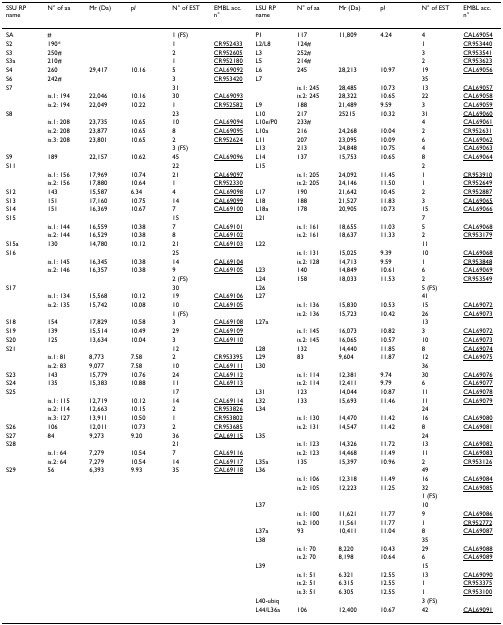
<table><thead><tr><td><b>SSU RP name</b></td><td><b>N° of aa</b></td><td><b>Mr (Da)</b></td><td><b>p<i>I</i></b></td><td><b>N° of EST</b></td><td><b>EMBL acc. n°</b></td><td><b>LSU RP name</b></td><td><b>N° of aa</b></td><td><b>Mr (Da)</b></td><td><b>p<i>I</i></b></td><td><b>N° of EST</b></td><td><b>EMBL acc. n°</b></td></tr></thead><tbody><tr><td>SA</td><td>#</td><td></td><td></td><td>1 (FS)</td><td></td><td>P1</td><td>117</td><td>11,809</td><td>4.24</td><td>4</td><td>CAL69054</td></tr><tr><td>S2</td><td>190*</td><td></td><td></td><td>1</td><td>CR952433</td><td>L2/L8</td><td>124#</td><td></td><td></td><td>1</td><td>CR953440</td></tr><tr><td>S3</td><td>250#</td><td></td><td></td><td>2</td><td>CR952605</td><td>L3</td><td>252#</td><td></td><td></td><td>3</td><td>CR953541</td></tr><tr><td>S3a</td><td>210#</td><td></td><td></td><td>1</td><td>CR952180</td><td>L5</td><td>214#</td><td></td><td></td><td>2</td><td>CR953623</td></tr><tr><td>S4</td><td>260</td><td>29,417</td><td>10.16</td><td>5</td><td>CAL69092</td><td>L6</td><td>245</td><td>28,213</td><td>10.97</td><td>19</td><td>CAL69056</td></tr><tr><td>S6</td><td>242#</td><td></td><td></td><td>3</td><td>CR953420</td><td>L7</td><td></td><td></td><td></td><td>35</td><td></td></tr><tr><td>S7</td><td></td><td></td><td></td><td>31</td><td></td><td></td><td>is.1: 245</td><td>28,485</td><td>10.73</td><td>13</td><td>CAL69057</td></tr><tr><td></td><td>is.1: 194</td><td>22,046</td><td>10.16</td><td>30</td><td>CAL69093</td><td></td><td>is.2: 245</td><td>28,322</td><td>10.65</td><td>22</td><td>CAL69058</td></tr><tr><td></td><td>is.2: 194</td><td>22,049</td><td>10.22</td><td>1</td><td>CR952582</td><td>L9</td><td>188</td><td>21,489</td><td>9.59</td><td>3</td><td>CAL69059</td></tr><tr><td>S8</td><td></td><td></td><td></td><td>23</td><td></td><td>L10</td><td>217</td><td>25215</td><td>10.32</td><td>31</td><td>CAL69060</td></tr><tr><td></td><td>is.1: 208</td><td>23,735</td><td>10.65</td><td>10</td><td>CAL69094</td><td>L10e/P0</td><td>233#</td><td></td><td></td><td>4</td><td>CAL69061</td></tr><tr><td></td><td>is.2: 208</td><td>23,877</td><td>10.65</td><td>8</td><td>CAL69095</td><td>L10a</td><td>216</td><td>24,268</td><td>10.04</td><td>2</td><td>CR952631</td></tr><tr><td></td><td>is.3: 208</td><td>23,801</td><td>10.65</td><td>2</td><td>CR952624</td><td>L11</td><td>207</td><td>23,095</td><td>10.09</td><td>6</td><td>CAL69062</td></tr><tr><td></td><td></td><td></td><td></td><td>3 (FS)</td><td></td><td>L13</td><td>213</td><td>24,848</td><td>10.75</td><td>4</td><td>CAL69063</td></tr><tr><td>S9</td><td>189</td><td>22,157</td><td>10.62</td><td>45</td><td>CAL69096</td><td>L14</td><td>137</td><td>15,753</td><td>10.65</td><td>8</td><td>CAL69064</td></tr><tr><td>S11</td><td></td><td></td><td></td><td>22</td><td></td><td>L15</td><td></td><td></td><td></td><td>2</td><td></td></tr><tr><td></td><td>is.1: 156</td><td>17,969</td><td>10.74</td><td>21</td><td>CAL69097</td><td></td><td>is.1: 205</td><td>24,092</td><td>11.45</td><td>1</td><td>CR953910</td></tr><tr><td></td><td>is.2: 156</td><td>17,880</td><td>10.64</td><td>1</td><td>CR952330</td><td></td><td>is.2: 205</td><td>24,146</td><td>11.50</td><td>1</td><td>CR952649</td></tr><tr><td>S12</td><td>143</td><td>15,587</td><td>6.34</td><td>4</td><td>CAL69098</td><td>L17</td><td>190</td><td>21,642</td><td>10.45</td><td>2</td><td>CR952887</td></tr><tr><td>S13</td><td>151</td><td>17,160</td><td>10.75</td><td>14</td><td>CAL69099</td><td>L18</td><td>188</td><td>21,527</td><td>11.83</td><td>3</td><td>CAL69065</td></tr><tr><td>S14</td><td>151</td><td>16,369</td><td>10.67</td><td>7</td><td>CAL69100</td><td>L18a</td><td>178</td><td>20,905</td><td>10.73</td><td>15</td><td>CAL69066</td></tr><tr><td>S15</td><td></td><td></td><td></td><td>15</td><td></td><td>L21</td><td></td><td></td><td></td><td>7</td><td></td></tr><tr><td></td><td>is.1: 144</td><td>16,559</td><td>10.38</td><td>7</td><td>CAL69101</td><td></td><td>is.1: 161</td><td>18,655</td><td>11.03</td><td>5</td><td>CAL69068</td></tr><tr><td></td><td>is.2: 144</td><td>16,529</td><td>10.38</td><td>8</td><td>CAL69102</td><td></td><td>is.2: 161</td><td>18,637</td><td>11.33</td><td>2</td><td>CR953179</td></tr><tr><td>S15a</td><td>130</td><td>14,780</td><td>10.12</td><td>21</td><td>CAL69103</td><td>L22</td><td></td><td></td><td></td><td>11</td><td></td></tr><tr><td>S16</td><td></td><td></td><td></td><td>25</td><td></td><td></td><td>is.1: 131</td><td>15,025</td><td>9.39</td><td>10</td><td>CAL69068</td></tr><tr><td></td><td>is.1: 145</td><td>16,345</td><td>10.38</td><td>14</td><td>CAL69104</td><td></td><td>is.2: 128</td><td>14,713</td><td>9.59</td><td>1</td><td>CR953848</td></tr><tr><td></td><td>is.2: 146</td><td>16,357</td><td>10.38</td><td>9</td><td>CAL69105</td><td>L23</td><td>140</td><td>14,849</td><td>10.61</td><td>6</td><td>CAL69069</td></tr><tr><td></td><td></td><td></td><td></td><td>2 (FS)</td><td></td><td>L24</td><td>158</td><td>18,033</td><td>11.53</td><td>2</td><td>CR953549</td></tr><tr><td>S17</td><td></td><td></td><td></td><td>30</td><td></td><td>L26</td><td></td><td></td><td></td><td>5 (FS)</td><td></td></tr><tr><td></td><td>is.1: 134</td><td>15,568</td><td>10.12</td><td>19</td><td>CAL69106</td><td>L27</td><td></td><td></td><td></td><td>41</td><td></td></tr><tr><td></td><td>is.2: 135</td><td>15,742</td><td>10.08</td><td>10</td><td>CAL69105</td><td></td><td>is.1: 136</td><td>15,830</td><td>10.53</td><td>15</td><td>CAL69072</td></tr><tr><td></td><td></td><td></td><td></td><td>1 (FS)</td><td></td><td></td><td>is.2: 136</td><td>15,723</td><td>10.42</td><td>26</td><td>CAL69073</td></tr><tr><td>S18</td><td>154</td><td>17,829</td><td>10.58</td><td>3</td><td>CAL69108</td><td>L27a</td><td></td><td></td><td></td><td>13</td><td></td></tr><tr><td>S19</td><td>139</td><td>15,514</td><td>10.49</td><td>29</td><td>CAL69109</td><td></td><td>is.1: 145</td><td>16,073</td><td>10.82</td><td>3</td><td>CAL69072</td></tr><tr><td>S20</td><td>125</td><td>13,634</td><td>10.04</td><td>3</td><td>CAL69110</td><td></td><td>is.2: 145</td><td>16,065</td><td>10.57</td><td>10</td><td>CAL69073</td></tr><tr><td>S21</td><td></td><td></td><td></td><td>12</td><td></td><td>L28</td><td>132</td><td>14,440</td><td>11.85</td><td>8</td><td>CAL69074</td></tr><tr><td></td><td>is.1: 81</td><td>8,773</td><td>7.58</td><td>2</td><td>CR953395</td><td>L29</td><td>83</td><td>9,604</td><td>11.87</td><td>12</td><td>CAL69075</td></tr><tr><td></td><td>is.2: 83</td><td>9,077</td><td>7.58</td><td>10</td><td>CAL69111</td><td>L30</td><td></td><td></td><td></td><td>36</td><td></td></tr><tr><td>S23</td><td>143</td><td>15,779</td><td>10.76</td><td>24</td><td>CAL69112</td><td></td><td>is.1: 114</td><td>12,381</td><td>9.74</td><td>30</td><td>CAL69076</td></tr><tr><td>S24</td><td>135</td><td>15,383</td><td>10.88</td><td>11</td><td>CAL69113</td><td></td><td>is.2: 114</td><td>12,411</td><td>9.79</td><td>6</td><td>CAL69077</td></tr><tr><td>S25</td><td></td><td></td><td></td><td>17</td><td></td><td>L31</td><td>123</td><td>14,044</td><td>10.87</td><td>11</td><td>CAL69078</td></tr><tr><td></td><td>is.1: 115</td><td>12,719</td><td>10.12</td><td>14</td><td>CAL69114</td><td>L32</td><td>133</td><td>15,693</td><td>11.46</td><td>11</td><td>CAL69079</td></tr><tr><td></td><td>is.2: 114</td><td>12,663</td><td>10.15</td><td>2</td><td>CR953826</td><td>L34</td><td></td><td></td><td></td><td>24</td><td></td></tr><tr><td></td><td>is.3: 127</td><td>13,911</td><td>10.50</td><td>1</td><td>CR953802</td><td></td><td>is.1: 130</td><td>14,470</td><td>11.42</td><td>16</td><td>CAL69080</td></tr><tr><td>S26</td><td>106</td><td>12,011</td><td>10.73</td><td>2</td><td>CR953685</td><td></td><td>is.2: 131</td><td>14,547</td><td>11.42</td><td>8</td><td>CAL69081</td></tr><tr><td>S27</td><td>84</td><td>9,273</td><td>9.20</td><td>36</td><td>CAL69115</td><td>L35</td><td></td><td></td><td></td><td>24</td><td></td></tr><tr><td>S28</td><td></td><td></td><td></td><td>21</td><td></td><td></td><td>is.1: 123</td><td>14,326</td><td>11.72</td><td>13</td><td>CAL69082</td></tr><tr><td></td><td>is.1: 64</td><td>7,279</td><td>10.54</td><td>7</td><td>CAL69116</td><td></td><td>is.2: 123</td><td>14,468</td><td>11.49</td><td>11</td><td>CAL69083</td></tr><tr><td></td><td>is.2: 64</td><td>7,279</td><td>10.54</td><td>14</td><td>CAL69117</td><td>L35a</td><td>135</td><td>15,397</td><td>10.96</td><td>2</td><td>CR953126</td></tr><tr><td>S29</td><td>56</td><td>6,393</td><td>9.93</td><td>35</td><td>CAL69118</td><td>L36</td><td></td><td></td><td></td><td>49</td><td></td></tr><tr><td></td><td></td><td></td><td></td><td></td><td></td><td></td><td>is.1: 106</td><td>12,318</td><td>11.49</td><td>16</td><td>CAL69084</td></tr><tr><td></td><td></td><td></td><td></td><td></td><td></td><td></td><td>is.2: 105</td><td>12,223</td><td>11.25</td><td>32</td><td>CAL69085</td></tr><tr><td></td><td></td><td></td><td></td><td></td><td></td><td></td><td></td><td></td><td></td><td>1 (FS)</td><td></td></tr><tr><td></td><td></td><td></td><td></td><td></td><td></td><td>L37</td><td></td><td></td><td></td><td>10</td><td></td></tr><tr><td></td><td></td><td></td><td></td><td></td><td></td><td></td><td>is.1: 100</td><td>11,621</td><td>11.77</td><td>9</td><td>CAL69086</td></tr><tr><td></td><td></td><td></td><td></td><td></td><td></td><td></td><td>is.2: 100</td><td>11,561</td><td>11.77</td><td>1</td><td>CR952772</td></tr><tr><td></td><td></td><td></td><td></td><td></td><td></td><td>L37a</td><td>93</td><td>10,411</td><td>11.04</td><td>8</td><td>CAL69087</td></tr><tr><td></td><td></td><td></td><td></td><td></td><td></td><td>L38</td><td></td><td></td><td></td><td>35</td><td></td></tr><tr><td></td><td></td><td></td><td></td><td></td><td></td><td></td><td>is.1: 70</td><td>8,220</td><td>10.43</td><td>29</td><td>CAL69088</td></tr><tr><td></td><td></td><td></td><td></td><td></td><td></td><td></td><td>is.2: 70</td><td>8,198</td><td>10.64</td><td>6</td><td>CAL69089</td></tr><tr><td></td><td></td><td></td><td></td><td></td><td></td><td>L39</td><td></td><td></td><td></td><td>15</td><td></td></tr><tr><td></td><td></td><td></td><td></td><td></td><td></td><td></td><td>is.1: 51</td><td>6.321</td><td>12.55</td><td>13</td><td>CAL69090</td></tr><tr><td></td><td></td><td></td><td></td><td></td><td></td><td></td><td>is.2: 51</td><td>6.315</td><td>12.55</td><td>1</td><td>CR953375</td></tr><tr><td></td><td></td><td></td><td></td><td></td><td></td><td></td><td>is.3: 51</td><td>6.305</td><td>12.55</td><td>1</td><td>CR953100</td></tr><tr><td></td><td></td><td></td><td></td><td></td><td></td><td>L40-ubiq</td><td></td><td></td><td></td><td>3 (FS)</td><td></td></tr><tr><td></td><td></td><td></td><td></td><td></td><td></td><td>L44/L36a</td><td>106</td><td>12,400</td><td>10.67</td><td>42</td><td>CAL69091</td></tr></tbody></table>